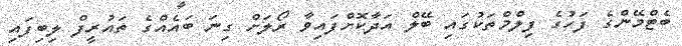
ބެޓްމޭންގެ ފަހުގެ ފިލްމްތަކުގައި ބޭލް އަދާކޮށްފައިވާ ރޯލަށް ގިނަ ބައެއްގެ ތައުރީފް ލިބިފައި